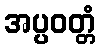
အပ္ပဝတ္တံ